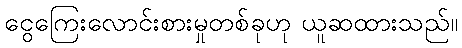
ငွေကြေးလောင်းစားမှုတစ်ခုဟု ယူဆထားသည်။